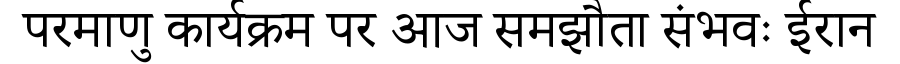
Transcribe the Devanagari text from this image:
परमाणु कार्यक्रम पर आज समझौता संभवः ईरान